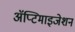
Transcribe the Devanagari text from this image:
ॲप्टिमाइजेशन